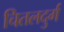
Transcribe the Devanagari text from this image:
चितलदुर्ग